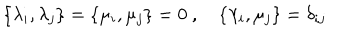
\{ \lambda _ { i } , \lambda _ { j } \} = \{ \mu _ { i } , \mu _ { j } \} = 0 ~ , \quad \{ \lambda _ { i } , \mu _ { j } \} = \delta _ { i j }